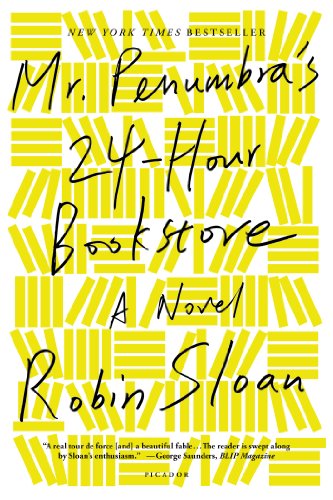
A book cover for Mr. Penumbra's 24-Hour Bookstore: A Novel; Robin Sloan; Science Fiction & Fantasy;